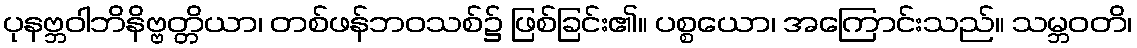
ပုနဗ္ဘဝါဘိနိဗ္ဗတ္တိယာ၊ တစ်ဖန်ဘဝသစ်၌ ဖြစ်ခြင်း၏။ ပစ္စယော၊ အကြောင်းသည်။ သမ္ဘဝတိ၊